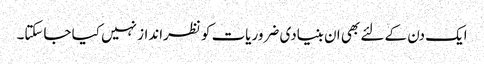
ایک دن کے لئے بھی ان بنیادی ضروریات کو نظرانداز نہیں کیا جاسکتا۔